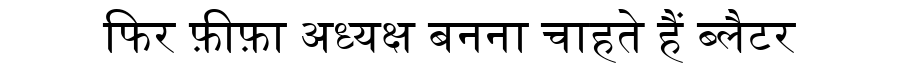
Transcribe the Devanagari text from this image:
फिर फ़ीफ़ा अध्यक्ष बनना चाहते हैं ब्लैटर